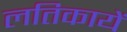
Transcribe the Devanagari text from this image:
लतिकायें